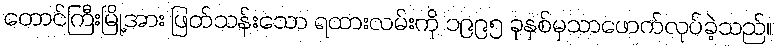
တောင်ကြီးမြို့အား ဖြတ်သန်းသော ရထားလမ်းကို ၁၉၉၅ ခုနှစ်မှသာဖောက်လုပ်ခဲ့သည်။